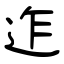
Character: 迮